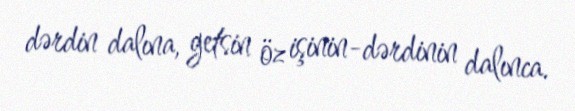
dərdin dalına, getsin öz işinin-dərdinin dalınca.